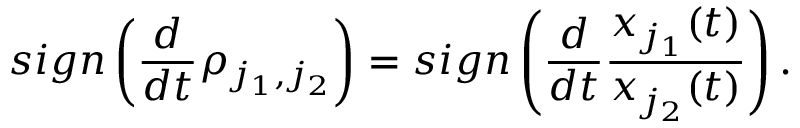
s i g n \left( \frac { d } { d t } \rho _ { j _ { 1 } , j _ { 2 } } \right) = s i g n \left( \frac { d } { d t } \frac { x _ { j _ { 1 } } ( t ) } { x _ { j _ { 2 } } ( t ) } \right) .